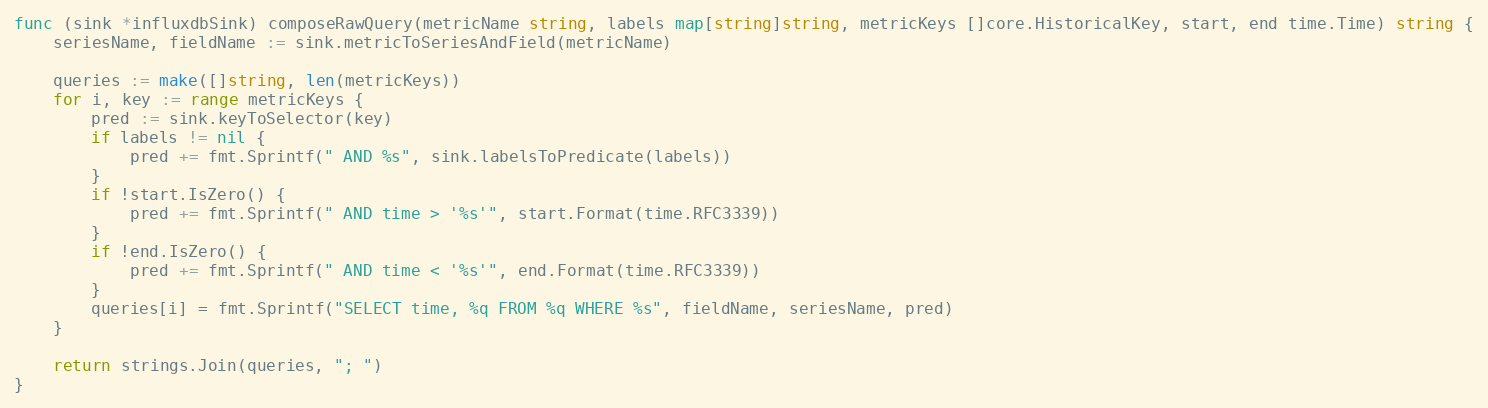
Language: Go
func (sink *influxdbSink) composeRawQuery(metricName string, labels map[string]string, metricKeys []core.HistoricalKey, start, end time.Time) string {
	seriesName, fieldName := sink.metricToSeriesAndField(metricName)

	queries := make([]string, len(metricKeys))
	for i, key := range metricKeys {
		pred := sink.keyToSelector(key)
		if labels != nil {
			pred += fmt.Sprintf(" AND %s", sink.labelsToPredicate(labels))
		}
		if !start.IsZero() {
			pred += fmt.Sprintf(" AND time > '%s'", start.Format(time.RFC3339))
		}
		if !end.IsZero() {
			pred += fmt.Sprintf(" AND time < '%s'", end.Format(time.RFC3339))
		}
		queries[i] = fmt.Sprintf("SELECT time, %q FROM %q WHERE %s", fieldName, seriesName, pred)
	}

	return strings.Join(queries, "; ")
}